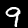
Digit: 9